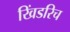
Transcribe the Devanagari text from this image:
खिंडरिच